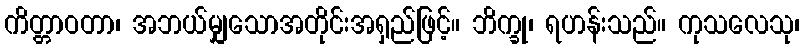
ကိတ္တာဝတာ၊ အဘယ်မျှသောအတိုင်းအရှည်ဖြင့်။ ဘိက္ခု၊ ရဟန်းသည်။ ကုသလေသု၊